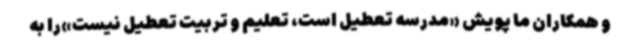
و همکاران ما پویش «مدرسه تعطیل است، تعلیم و تربیت تعطیل نیست»را به